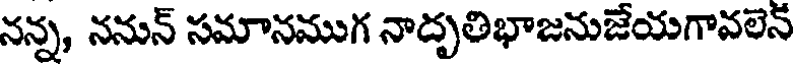
నన్న, ననున్ సమానముగ నాదృతిభాజనుజేయగావలెన్